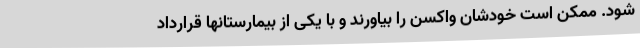
شود. ممکن است خودشان واکسن را بیاورند و با یکی از بیمارستانها قرارداد